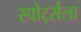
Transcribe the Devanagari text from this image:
स्पोर्ट्सला